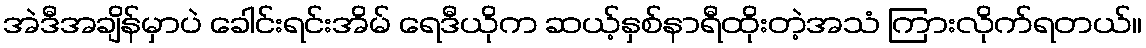
အဲဒီအချိန်မှာပဲ ခေါင်းရင်းအိမ် ရေဒီယိုက ဆယ့်နှစ်နာရီထိုးတဲ့အသံ ကြားလိုက်ရတယ်။